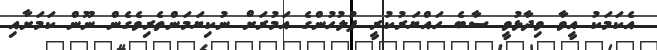
އެކަމަކު އީވާ ވިދާޅުވީ ސާބެ ހައްޔަރުކުރީ ފުލުހުންގެ އަމުރަށް ނުކިޔަމަންތެރިވެގެން ނޫން ކަމަށާއި